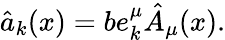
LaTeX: \hat{a}_{k}(x)=be_{k}^{\mu}\hat{A}_{\mu}(x).